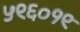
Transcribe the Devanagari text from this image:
५९६०१९